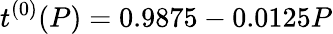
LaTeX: t^{(0)}(P)=0.9875-0.0125P